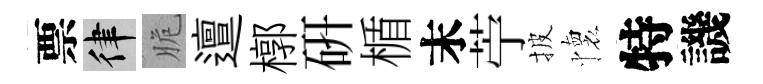
票律脆邅槨硏楯末苧披懷特譏